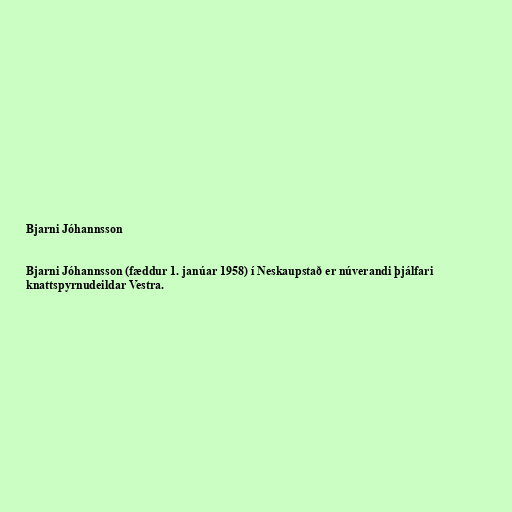
Bjarni Jóhannsson

Bjarni Jóhannsson (fæddur 1. janúar 1958) í Neskaupstað er núverandi þjálfari
knattspyrnudeildar Vestra.